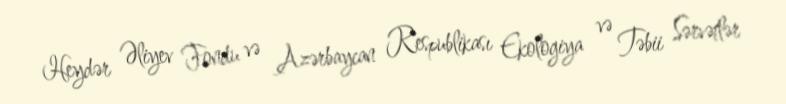
Heydər Əliyev Fondu və Azərbaycan Respublikası Ekologiya və Təbii Sərvətlər